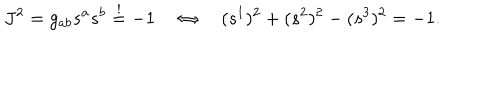
J ^ { 2 } = g _ { a b } s ^ { a } s ^ { b } \stackrel { ! } { = } - 1 \quad \Leftrightarrow \quad ( s ^ { 1 } ) ^ { 2 } + ( s ^ { 2 } ) ^ { 2 } - ( s ^ { 3 } ) ^ { 2 } = - 1 .